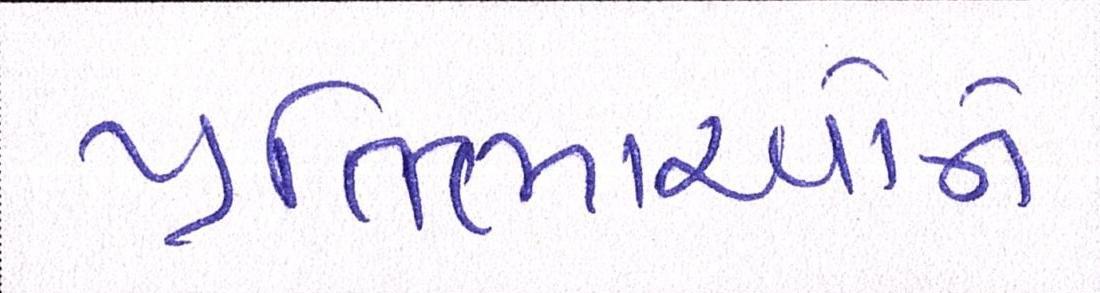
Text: પ્રતિભાઓને